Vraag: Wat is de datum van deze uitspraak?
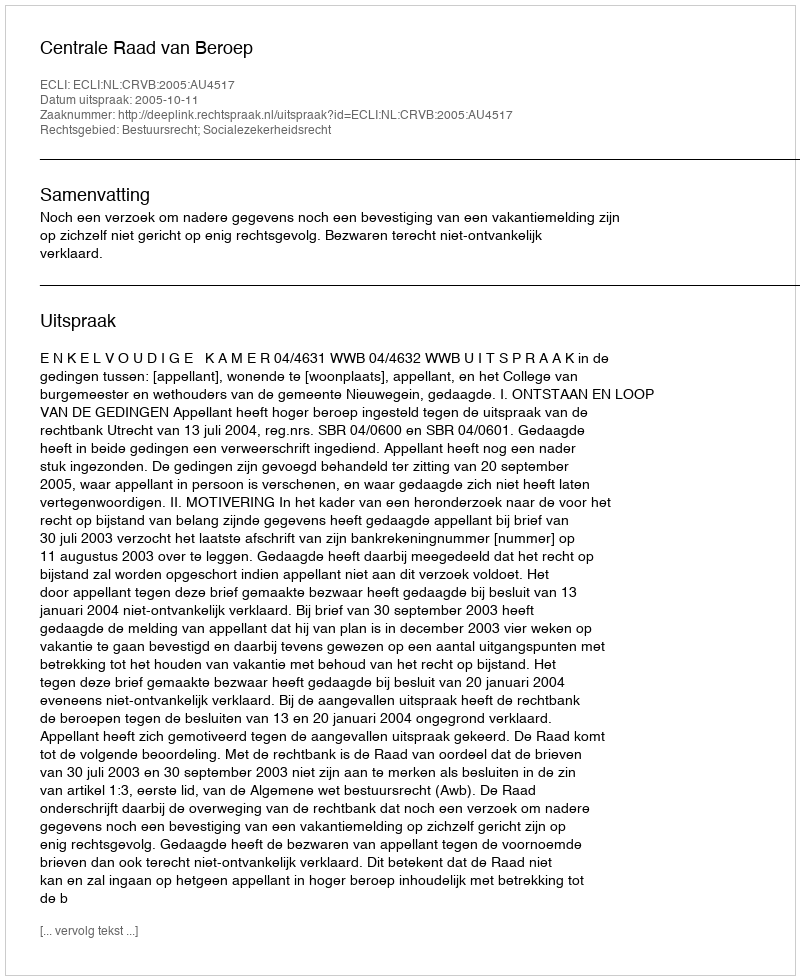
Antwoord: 2005-10-11